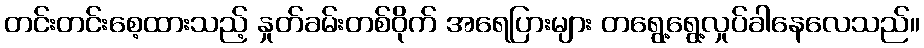
တင်းတင်းစေ့ထားသည့် နှုတ်ခမ်းတစ်ဝိုက် အရေပြားများ တရွေ့ရွေ့လှုပ်ခါနေလေသည်။